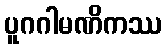
ပူဂဂါမဏိကဿ